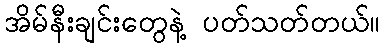
အိမ်နီးချင်းတွေနဲ့ ပတ်သတ်တယ်။